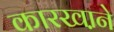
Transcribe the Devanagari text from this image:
कारखा़ने